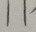
1 1